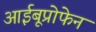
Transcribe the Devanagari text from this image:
आईबूप्रोफेन